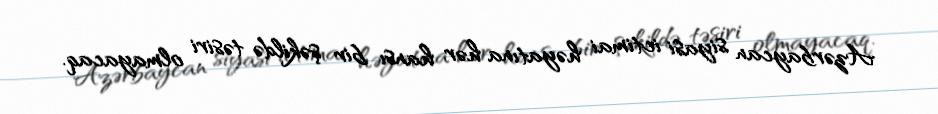
Azərbaycan siyasi ictimai həyatına hər hansı bir şəkildə təsiri olmayacaq.